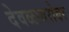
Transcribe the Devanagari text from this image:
देवळाबरोबर